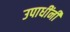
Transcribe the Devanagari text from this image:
उपाधींनी